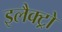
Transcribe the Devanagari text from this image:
इलैक्ट्रो